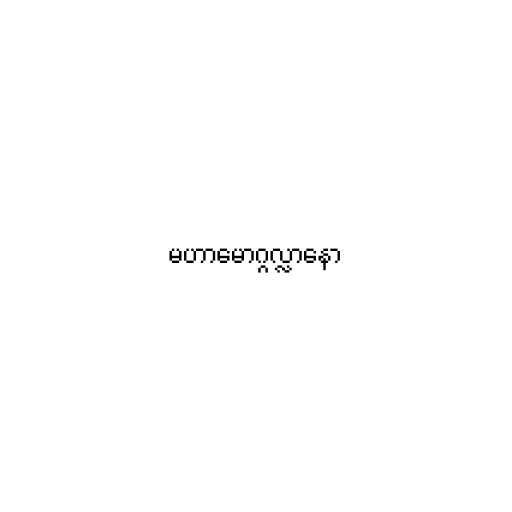
မဟာမောဂ္ဂလ္လာနော